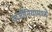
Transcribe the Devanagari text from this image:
व्हर्जीनियामध्ये